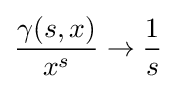
{\frac {\gamma (s,x)}{x^{s}}}\to {\frac {1}{s}}